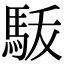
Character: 𩢚